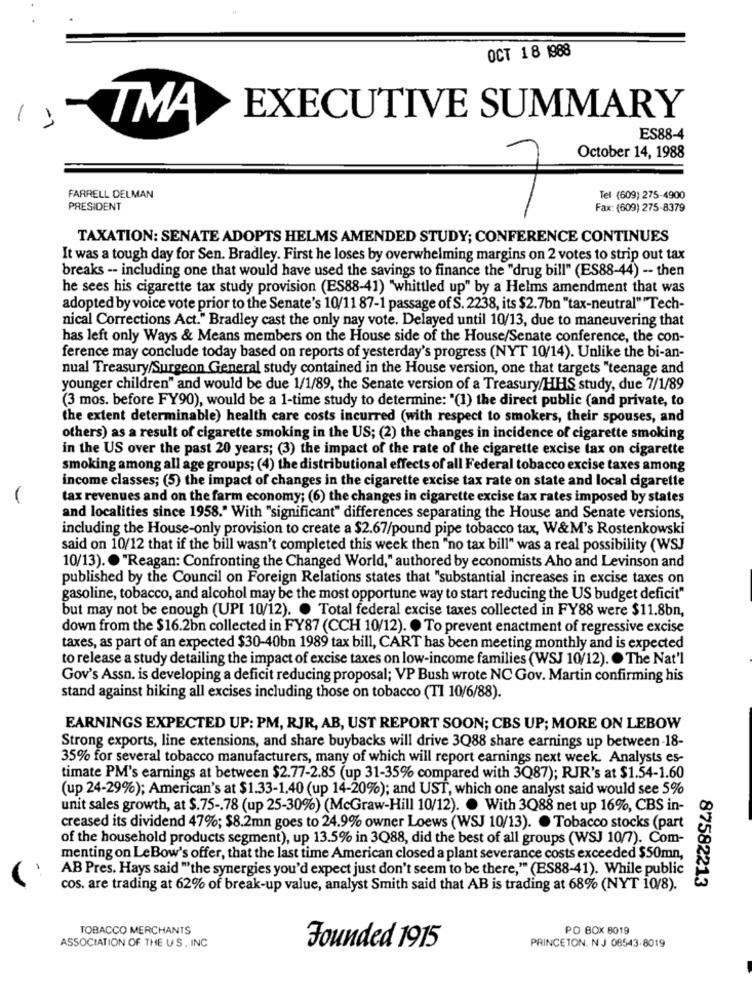
OCT 18 1988
TMA
EXECUTIVE SUMMARY
ES88-4
October 14, 1988
FARRELL DELMAN
Tel (609) 275-4900
PRESIDENT
Fax: (609) 275-8379
TAXATION: SENATE ADOPTS HELMS AMENDED STUDY; CONFERENCE CONTINUES
It was a tough day for Sen. Bradley. First he loses by overwhelming margins on 2 votes to strip out tax
breaks -- including one that would have used the savings to finance the "drug bill" (ES88-44) -- then
he sees his cigarette tax study provision (ES88-41) "whittled up" by a Helms amendment that was
adopted by voice vote prior to the Senate's 10/11 87-1 passage of S. 2238, its $2.7bn "tax-neutral" "Tech-
nical Corrections Act." Bradley cast the only nay vote. Delayed until 10/13, due to maneuvering that
has left only Ways & Means members on the House side of the House/Senate conference, the con-
ference may conclude today based on reports of yesterday's progress (NYT 10/14). Unlike the bi-an-
nual Treasury/Surgeon General study contained in the House version, one that targets "teenage and
younger children" and would be due 1/1/89, the Senate version of a Treasury/HHS study, due 7/1/89
(3 mos. before FY90), would be a 1-time study to determine: "(1) the direct public (and private, to
the extent determinable) health care costs incurred (with respect to smokers, their spouses, and
others) as a result of cigarette smoking in the US; (2) the changes in incidence of cigarette smoking
in the US over the past 20 years; (3) the impact of the rate of the cigarette excise tax on cigarette
smoking among all age groups; (4) the distributional effects of all Federal tobacco excise taxes among
income classes; (5) the impact of changes in the cigarette excise tax rate on state and local cigarette
tax revenues and on the farm economy; (6) the changes in cigarette excise tax rates imposed by states
and localities since 1958." With "significant" differences separating the House and Senate versions,
including the House-only provision to create a $2.67/pound pipe tobacco tax, W&M's Rostenkowski
said on 10/12 that if the bill wasn't completed this week then "no tax bill" was a real possibility (WSJ
10/13). "Reagan: Confronting the Changed World," authored by economists Aho and Levinson and
published by the Council on Foreign Relations states that "substantial increases in excise taxes on
gasoline, tobacco, and alcohol may be the most opportune way to start reducing the US budget deficit"
but may not be enough (UPI 10/12). . Total federal excise taxes collected in FY88 were $11.8bn,
down from the $16.2bn collected in FY87 (CCH 10/12). . To prevent enactment of regressive excise
taxes, as part of an expected $30-40bn 1989 tax bill, CART has been meeting monthly and is expected
to release a study detailing the impact of excise taxes on low-income families (WSJ 10/12). . The Nat'l
Gov's Assn. is developing a deficit reducing proposal; VP Bush wrote NC Gov. Martin confirming his
stand against hiking all excises including those on tobacco (TI 10/6/88).
EARNINGS EXPECTED UP: PM, RJR, AB, UST REPORT SOON; CBS UP; MORE ON LEBOW
Strong exports, line extensions, and share buybacks will drive 3Q88 share earnings up between-18-
35% for several tobacco manufacturers, many of which will report earnings next week. Analysts es-
timate PM's earnings at between $2.77-2.85 (up 31-35% compared with 3Q87); RJR's at $1.54-1.60
(up 24-29%); American's at $1.33-1.40 (up 14-20%); and UST, which one analyst said would see 5%
unit sales growth, at $.75 -. 78 (up 25-30%) (McGraw-Hill 10/12). . With 3Q88 net up 16%, CBS in-
creased its dividend 47%; $8.2mn goes to 24.9% owner Loews (WSJ 10/13). . Tobacco stocks (part
of the household products segment), up 13.5% in 3Q88, did the best of all groups (WSJ 10/7). Com-
menting on LeBow's offer, that the last time American closed a plant severance costs exceeded $50mn,
AB Pres. Hays said "the synergies you'd expect just don't seem to be there," (ES88-41). While public
87582213
cos. are trading at 62% of break-up value, analyst Smith said that AB is trading at 68% (NYT 10/8).
TOBACCO MERCHANTS
PO BOX 8019
ASSOCIATION OF THE US. INC
Founded 1915
PRINCETON. N J 08543-8019